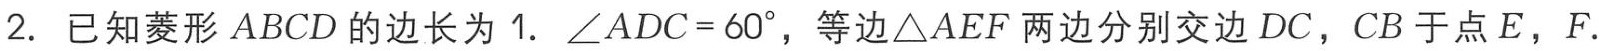
2. 已知菱形 \(ABCD\) 的边长为 \(1\). \(\angle ADC = 60^{\circ}\)，等边\(\triangle AEF\) 两边分别交边 \(DC\)，\(CB\) 于点 \(E\)，\(F\).